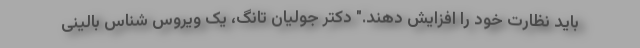
باید نظارت خود را افزایش دهند." دکتر جولیان تانگ، یک ویروس شناس بالینی